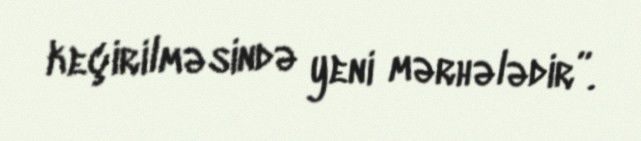
keçirilməsində yeni mərhələdir”.